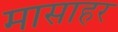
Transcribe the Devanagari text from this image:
मासाहर